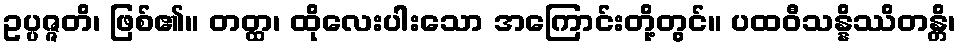
ဥပ္ပဇ္ဇတိ၊ ဖြစ်၏။ တတ္ထ၊ ထိုလေးပါးသော အကြောင်းတို့တွင်။ ပထဝီသန္နိဿိတန္တိ၊